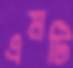
এমটি